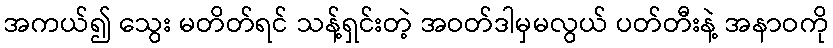
အကယ်၍ သွေး မတိတ်ရင် သန့်ရှင်းတဲ့ အဝတ်ဒါမှမလွယ် ပတ်တီးနဲ့ အနာဝကို